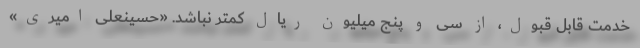
خدمت قابل قبول، از سی و پنج میلیون ریال کمتر نباشد. «حسینعلی امیری»